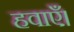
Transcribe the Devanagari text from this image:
हवाएँ।